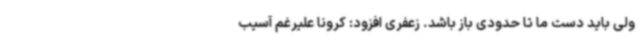
ولی باید دست ما تا حدودی باز باشد. زعفری افزود: کرونا علیرغم آسیب